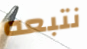
نتبعه